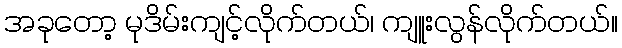
အခုတော့ မုဒိမ်းကျင့်လိုက်တယ်၊ ကျူးလွန်လိုက်တယ်။